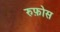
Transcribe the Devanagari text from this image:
रुफ़ोस